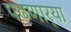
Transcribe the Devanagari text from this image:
पढणार्‍या